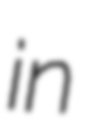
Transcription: in